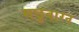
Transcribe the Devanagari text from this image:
मछुवारन